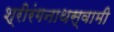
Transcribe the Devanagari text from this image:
श्रीरंगनाथस्वामी